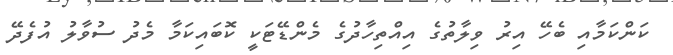
ކަންކަމާއި ބެހޭ އިރު ވިލާތުގެ އިއްތިހާދުގެ މެންޑޭޓަކީ ކޮބައިކަމާ މެދު ސުވާލު އުފެދޭ